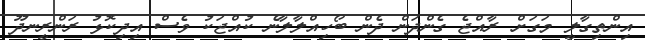
އިންތިގާލީ މަގަށް ރާއްޖެ ގެންދަން ދެން ބޯހިއްލާލާނެ ކުއްޖަކު ވެސް އިދިކޮޅު ރަންރީނދޫ